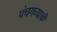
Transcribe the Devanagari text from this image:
पंचगव्याची